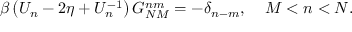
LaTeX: \beta \left( U _ { n } - 2 \eta + U _ { n } ^ { - 1 } \right) G _ { N M } ^ { n m } = - \delta _ { n - m } , \; \; \; \; M < n < N .